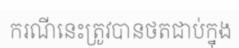
ករណីនេះត្រូវបានថតជាប់ក្នុង